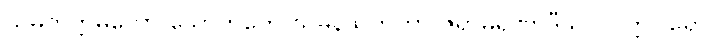
သမတိက္ကမတော သောဘတေ သုမနသိကတာ ဇရာမရဏာဒီသု ဝိပတ္တိဝါရော